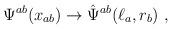
LaTeX: \begin{align*}\Psi^{ab}(x_{ab})\rightarrow \hat\Psi^{ab}(\ell_a,r_b)\,\,,\end{align*}